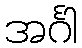
အင်္ဂါ